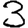
Digit: 3